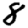
Digit: 8